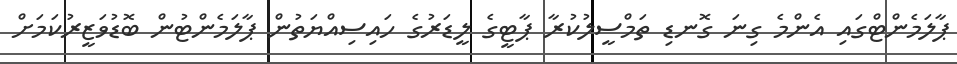
ޕާލަމެންޓްގައި އެންމެ ގިނަ ގޮނޑި ތަމްސީލުކުރާ ޕާޓީގެ ލީޑަރުގެ ހައިސިއްޔަތުން ޕާލަމެންޓުން ބޮޑުވަޒީރުކަމަށް